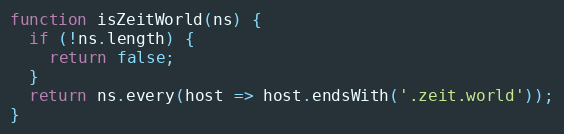
Language: JavaScript
function isZeitWorld(ns) {
  if (!ns.length) {
    return false;
  }
  return ns.every(host => host.endsWith('.zeit.world'));
}